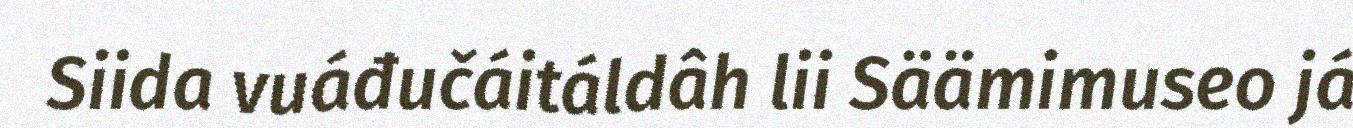
Siida vuáđučáitáldâh lii Säämimuseo já